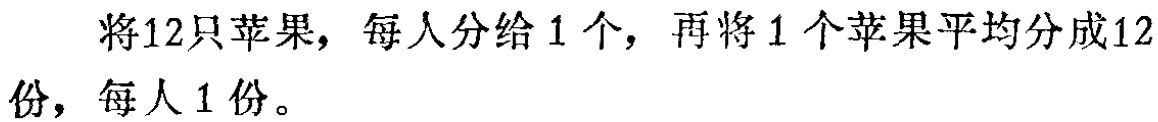
将12只苹果，每人分给1个，再将1个苹果平均分成12份，每人1份。